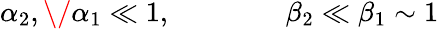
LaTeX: \alpha_{2},\/ \alpha_{1}\ll 1,\qquad\qquad\beta_{2}\ll\beta_{1}\sim 1